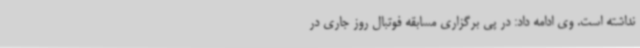
نداشته است. وی ادامه داد: در پی برگزاری مسابقه فوتبال روز جاری در